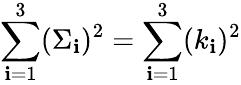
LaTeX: \sum_{\mathbf{i}=1}^{3}(\Sigma_{\mathbf{i}})^{2}=\sum_{\mathbf{i}=1}^{3}(k_{\mathbf{i}})^{2}